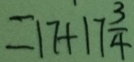
= 1 7 + 1 7 \frac { 3 } { 4 }